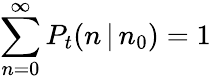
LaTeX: \sum_{n=0}^{\infty}P_{t}(n\, |\, n_{0})=1